Burma Government Medical School reports 1923-41
Year: 1923
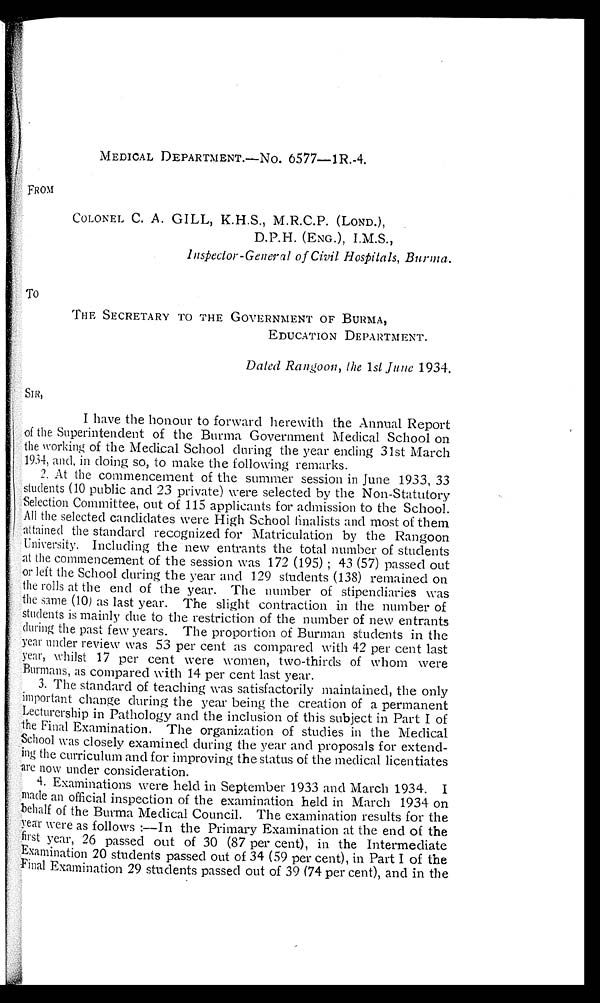
MEDICAL DEPARTMENT.—NO. 6577—1R.-4.
FROM
COLONEL C. A. GILL, K.H.S., M.R.C.P. (L0ND.),
D.P.H. (ENG.), I.M.S.,
I n s p e c t o r - G e n e r a l o f C i v i l H o s p i t a l , B u r m a .
THE SECRETARY TO THE GOVERNMENT OF BURMA,
EDUCATION DEPARTMENT.
Dated Rangoon, the 1st Junes 1934.
SIR,
I have the honour to forward herewith the Annual Report
of the Superintendent of the Burma Government Medical School on
the working of the Medical School during the year ending 31st March
1934, and, in doing so, to make the following remarks.
2. At the commencement of the summer session in June 1933, 33
students (10 public and 23 private) were selected by the Non-Statutory
Selection Committee, out of 115 applicants for admission to the School.
All the selected candidates were High School finalists and most of them
attained the standard recognized for Matriculation by the Rangoon
University. Including the new entrants the total number of students
at the commencement of the session was 172 (195) ; 43 (57) passed out
or left the School during the year and 129 students (138) remained on
the rolls at the end of the year. The number of stipendiaries was
the same (10) as last year. The slight contraction in the number of
students is mainly due to the restriction of the number of new entrants
during the past few years. The proportion of Burman students in the
year under review was 53 per cent as compared with 42 per cent last
year, whilst 17 per cent were women, two-thirds of whom were
Burmans, as compared with 14 per cent last year.
3. The standard of teaching was satisfactorily maintained, the only
important change during the year being the creation of a permanent
Lectureship in Pathology and the inclusion of this subject in Part I of
the Final Examination. The organization of studies in the Medical
School was closely examined during the year and proposals for extend-
ing the curriculum and for improving the status of the medical licentiates
are now under consideration.
4. Examinations were held in September 1933 and March 1934. I
made an official inspection of the examination held in March 1934 on
behalf of the Burma Medical Council. The examination results for the
year were as follows :–In the Primary Examination at the end of the
first year, 26 passed out of 30 (87 per cent), in the Intermediate
Examination 20 students passed out of 34 (59 per cent), in Part I of the
Final Examination 29 students passed out of 39 (74 per cent), and in the